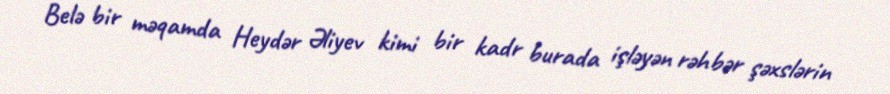
Belə bir məqamda Heydər Əliyev kimi bir kadr burada işləyən rəhbər şəxslərin